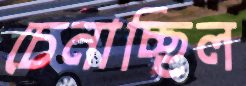
চেনাচ্ছিল